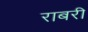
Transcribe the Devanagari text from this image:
राबरी